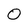
Character: 0